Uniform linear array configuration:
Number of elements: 48
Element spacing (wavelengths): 0.25
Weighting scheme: hann
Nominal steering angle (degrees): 30
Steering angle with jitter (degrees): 28.013
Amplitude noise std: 0.05
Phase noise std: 0.05

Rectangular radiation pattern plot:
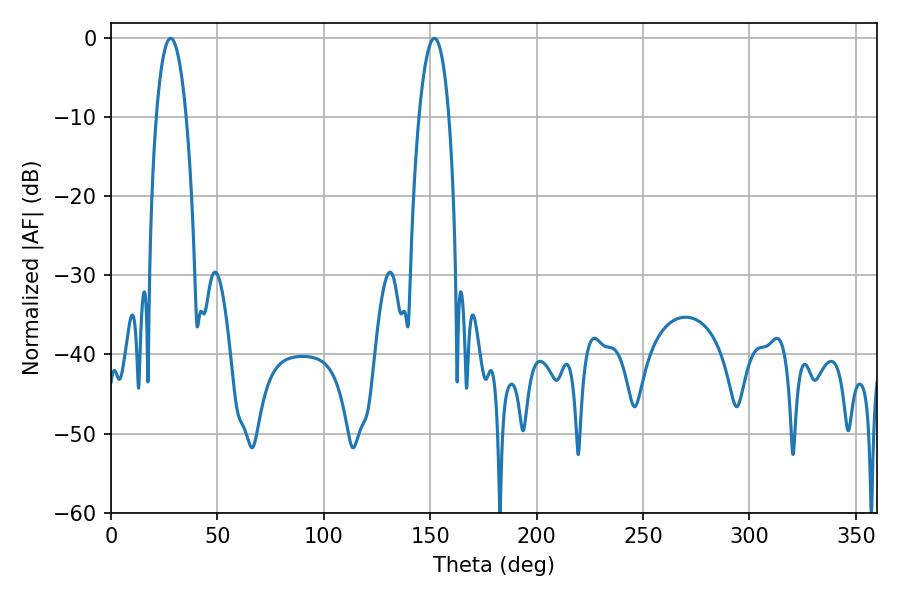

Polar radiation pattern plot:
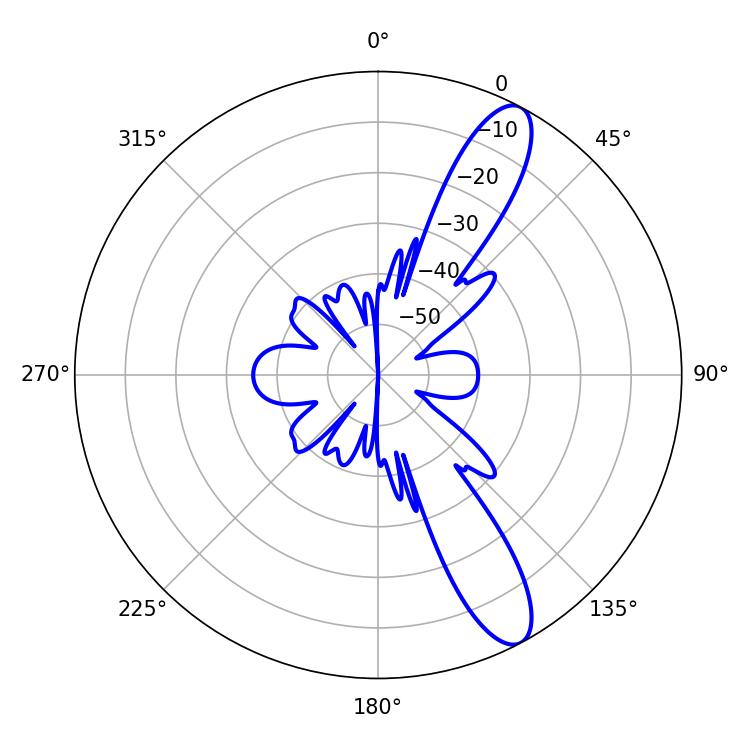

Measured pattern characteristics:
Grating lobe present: FALSE
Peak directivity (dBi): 11.616
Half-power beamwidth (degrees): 7.92
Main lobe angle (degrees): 28.08